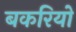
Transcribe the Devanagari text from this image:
बकरियो